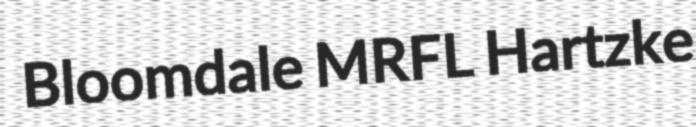
Bloomdale MRFL Hartzke